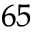
^ { 6 5 }